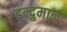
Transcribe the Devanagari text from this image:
हन्दुमान